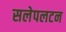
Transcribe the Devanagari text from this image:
सलेपलटन